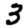
Digit: 3